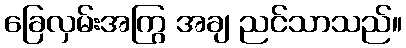
ခြေလှမ်းအကြွ အချ ညင်သာသည်။